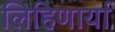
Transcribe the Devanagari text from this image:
लिहिणार्या